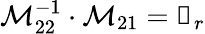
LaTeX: \mathcal{M}_{22}^{-1}\cdot\mathcal{M}_{21}=\mathbb{0}_{r}